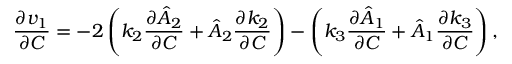
\frac { \partial v _ { 1 } } { \partial C } = - 2 \left( k _ { 2 } \frac { \partial \hat { A } _ { 2 } } { \partial C } + \hat { A } _ { 2 } \frac { \partial k _ { 2 } } { \partial C } \right) - \left( k _ { 3 } \frac { \partial \hat { A } _ { 1 } } { \partial C } + \hat { A } _ { 1 } \frac { \partial k _ { 3 } } { \partial C } \right) ,